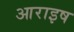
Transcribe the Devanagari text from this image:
आराइष